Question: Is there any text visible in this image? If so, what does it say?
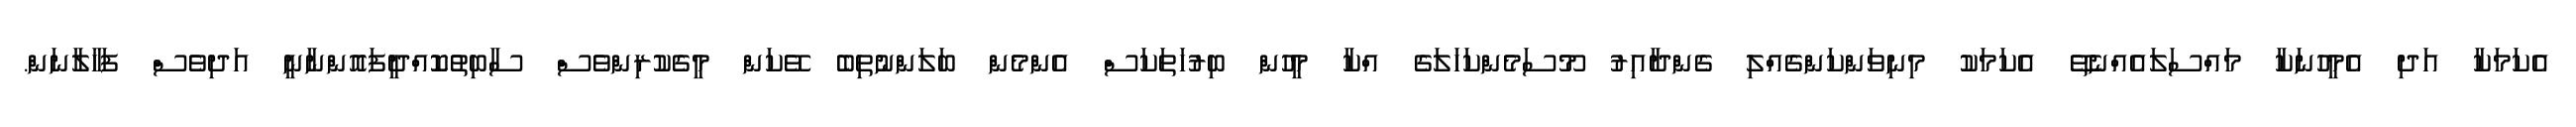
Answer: އެކަމަކާ އަދި އެމީހުނަކާ މައްސަލައެއްނެތޭ އެކަމަކު މިނިވަންކަންގެއްލި ގެންދާއިރު މޫސަމެންކަހަލަގެ އްކާ މީހުން ބިރުހަތަކަސް އެންމެން ބަލަންނުތިބެ ވޭކަން މީގެކުރިންވެސް ސާބިތުކޮއްދީފައޮންނާނީ އަދިވެސް ފަހާލާނަން.